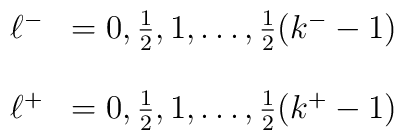
\begin{array}{ll}\ell^{-} & = 0, \frac{1}{2},1,\dots,\frac{1}{2}(k^{-}-1)  \\  &  \\\ell^{+} & = 0, \frac{1}{2},1,\ldots,\frac{1}{2}(k^{+}-1)\end{array}